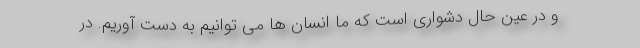
و در عین حال دشواری است که ما انسان ها می توانیم به دست آوریم. در